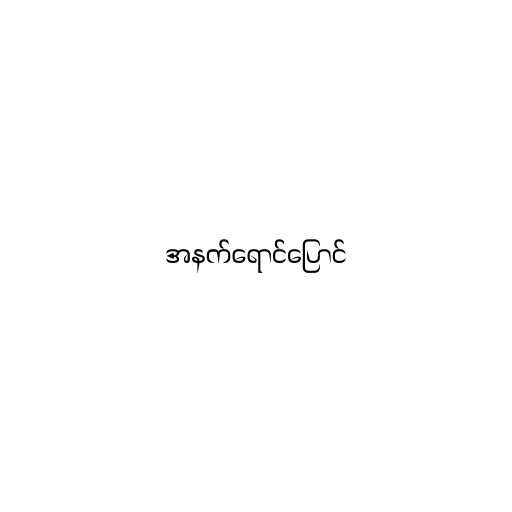
အနက်ရောင်ပြောင်